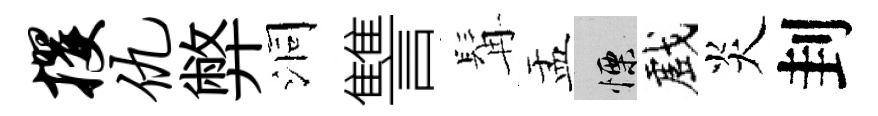
攫仇弊洞讐髯盂慄戲炎刲